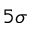
5 \sigma